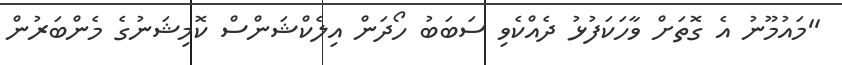
''މައުމޫނު އެ ގޮތަށް ވާހަކަފުޅު ދެއްކެވި ސަބަބު ހޯދަން އިލެކްޝަންސް ކޮމިޝަނުގެ މެންބަރުން